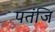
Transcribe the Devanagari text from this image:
पतंजि